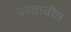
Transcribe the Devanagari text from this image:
परतावीत